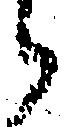
候